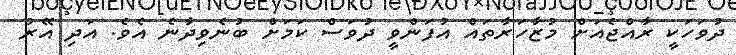
ދުވަހަކީ ރާއްޖެއަށް މުޒާހަރާތައް އުފަންވީ ދުވަސް ކަމަށް ބުނެވިދާނެ އެވެ. އަދި އޭރު